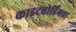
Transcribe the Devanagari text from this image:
काइटबोर्डिंगचा